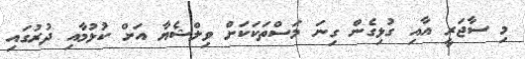
މި ސާޖަރީ އާއި ގުޅިގެން ގިނަ މަސްތަކަކަށް ވިލްޝެޔާ އަށް ކުޅުމާއި ދުރުގައި